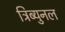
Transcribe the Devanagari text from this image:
ट्रिब्युनल